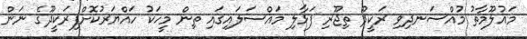
މައުލޫމާތު މުއްސަނދިވި ރަކީދޫ ތިޖޫރި ފަޅާލި މައްސަލައިގައި ތިން މީހަކު ހައްޔަރުކޮށްފިރަކީދޫގެ ނަން